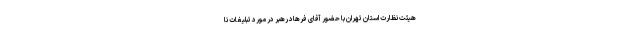
هیئت نظارت استان تهران با حضور آقای فرهاد رهبر در مورد تبلیغات نا